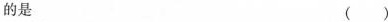
的是 ( )